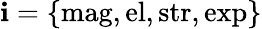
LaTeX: \mathbf{i}=\{ \mathrm{{mag}},\mathrm{{el}},\mathrm{{str}},\mathrm{{exp}}\}